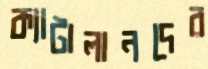
ক্যাটালানদের